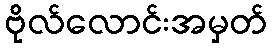
ဗိုလ်လောင်းအမှတ်